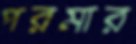
পরমার